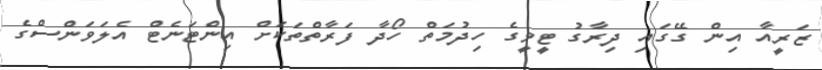
ޒަރީއާ އިން ގޭގައި ދިރާގު ޓީވީގެ ހިދުމަތް ހޯދާ ފަރާތްތަކަށް އިންޓަނެޓް އެލަވަންސްގެ